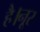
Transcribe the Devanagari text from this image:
है।नूर